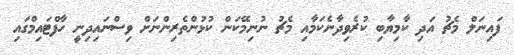
ފައިނަލް މެޗު އަދި ކާމިޔާބި ކުރެވިދާނެކަމާއި މެޗު ނުނިމޭކަން ކުޅުންތެރިންނަށް ވިސްނައިދިނީ ހާފްޓައިމްގައި